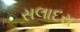
સલાદરા